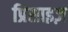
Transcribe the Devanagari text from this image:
प्रिसाइज़